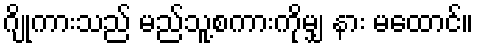
ဂျိုကားသည် မည်သူ့စကားကိုမျှ နား မထောင်။